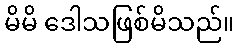
မိမိ ဒေါသဖြစ်မိသည်။